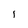
Character: l